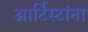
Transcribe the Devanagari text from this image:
आर्टिस्टांना